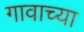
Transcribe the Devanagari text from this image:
गावाच्‍या